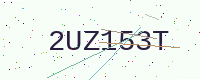
Text: 2UZ153T